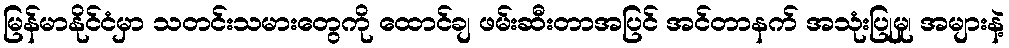
မြန်မာနိုင်ငံမှာ သတင်းသမားတွေကို ထောင်ချ ဖမ်းဆီးတာအပြင် အင်တာနက် အသုံးပြုမှု၊ အများနဲ့